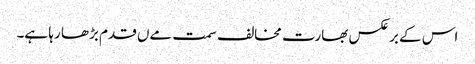
اس کے برعکس بھارت مخالف سمت مےں قدم بڑھا رہا ہے۔